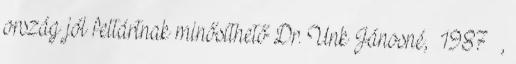
ország jól feltártnak minősíthető Dr. Unk Jánosné, 1987 ,